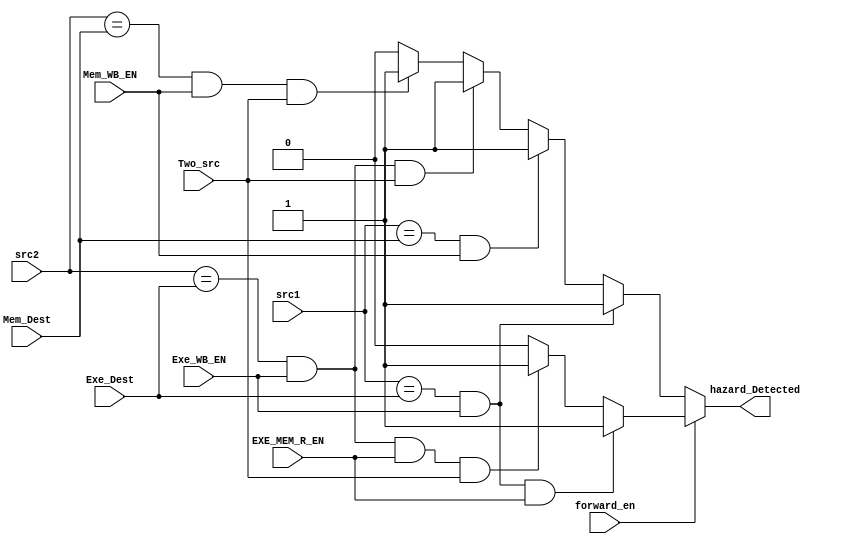
`timescale 1ns/1ns
module Hazard_Unit(
    forward_en,
    Exe_WB_EN, 
    Mem_WB_EN, 
    Two_src, 
    EXE_MEM_R_EN,
    src1, 
    src2, 
    Exe_Dest, 
    Mem_Dest,
    hazard_Detected
);
    input forward_en, Exe_WB_EN, Mem_WB_EN, Two_src, EXE_MEM_R_EN;//Exe_WB_EN:after mem, EXE_MEM_R_EN:befor mem, 
    input[3:0] src1, src2, Exe_Dest, Mem_Dest;
    output reg hazard_Detected;

  always @(*) begin
    hazard_Detected = 1'b0;
        if (forward_en == 1'b1) begin
            if      ((src1 == Exe_Dest) && (Exe_WB_EN == 1'b1) && (EXE_MEM_R_EN == 1'b1))
                hazard_Detected = 1'b1;
            else if ((src2 == Exe_Dest) && (Exe_WB_EN == 1'b1) && (EXE_MEM_R_EN == 1'b1) && (Two_src == 1'b1))
                hazard_Detected = 1'b1;
        end
        else if (forward_en == 1'b0) begin            
            if      ((src1 == Exe_Dest) && (Exe_WB_EN == 1'b1))
                hazard_Detected = 1'b1;
            else if ((src1 == Mem_Dest) && (Mem_WB_EN == 1'b1))
                hazard_Detected = 1'b1;
            else if ((src2 == Exe_Dest) && (Exe_WB_EN == 1'b1) && (Two_src == 1'b1)) 
                hazard_Detected = 1'b1;
            else if ((src2 == Mem_Dest) && (Mem_WB_EN == 1'b1) && (Two_src == 1'b1)) 
                hazard_Detected = 1'b1;
        end
    end
  
endmodule